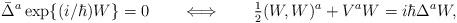
LaTeX: \begin{align*}\bar{\Delta}^a\, {\rm exp}\{ (i/ \hbar) W \} = 0\qquad\Longleftrightarrow \qquad\hbox{$\frac{1}{2}$} ( W, W )^a + V^a W = i \hbar \Delta^a W,\end{align*}